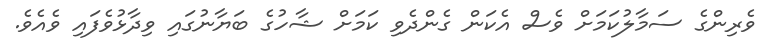
ވެރިންގެ ސަމާލުކަމަށް ވެސް އެކަން ގެންދެވި ކަމަށް ޝާހުގެ ބަޔާނުގައި ވިދާޅުވެފައި ވެއެވެ.